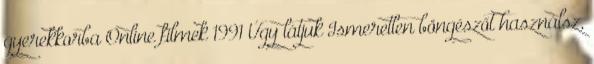
gyerekkorba Online filmek 1991 Úgy látjuk Ismeretlen böngészőt használsz,